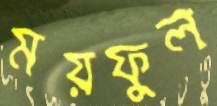
ময়ফুল